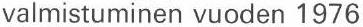
valmistuminen vuoden 1976